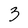
Character: 3